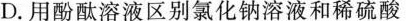
D.用酚酞溶液区别氯化钠溶液和稀硫酸